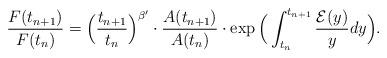
LaTeX: \begin{align*} \frac{F(t_{n+1})}{F(t_n)} &= \Big(\frac{t_{n+1}}{t_n}\Big)^{\beta'} \cdot\frac{A(t_{n+1})}{A(t_n)} \cdot\exp\Big(\int_{t_n}^{t_{n+1}}\frac{\mathcal E(y)}ydy\Big). \end{align*}